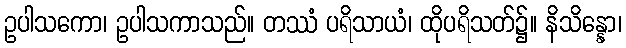
ဥပါသကော၊ ဥပါသကာသည်။ တဿံ ပရိသာယံ၊ ထိုပရိသတ်၌။ နိသိန္နော၊